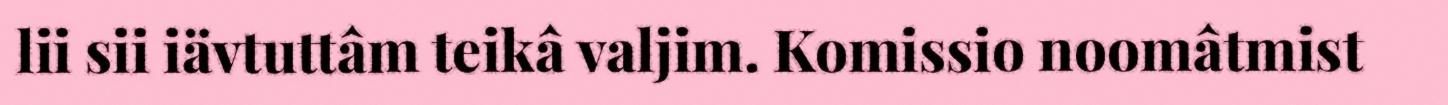
lii sii iävtuttâm teikâ valjim. Komissio noomâtmist